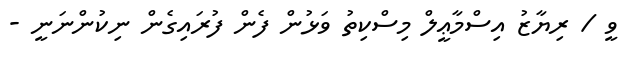
ވީ / ރިޔާޒު އިސްމާޢީލް މިސްކިތު ވަޅުން ފެން ފުރައިގެން ނިކުންނަނީ -